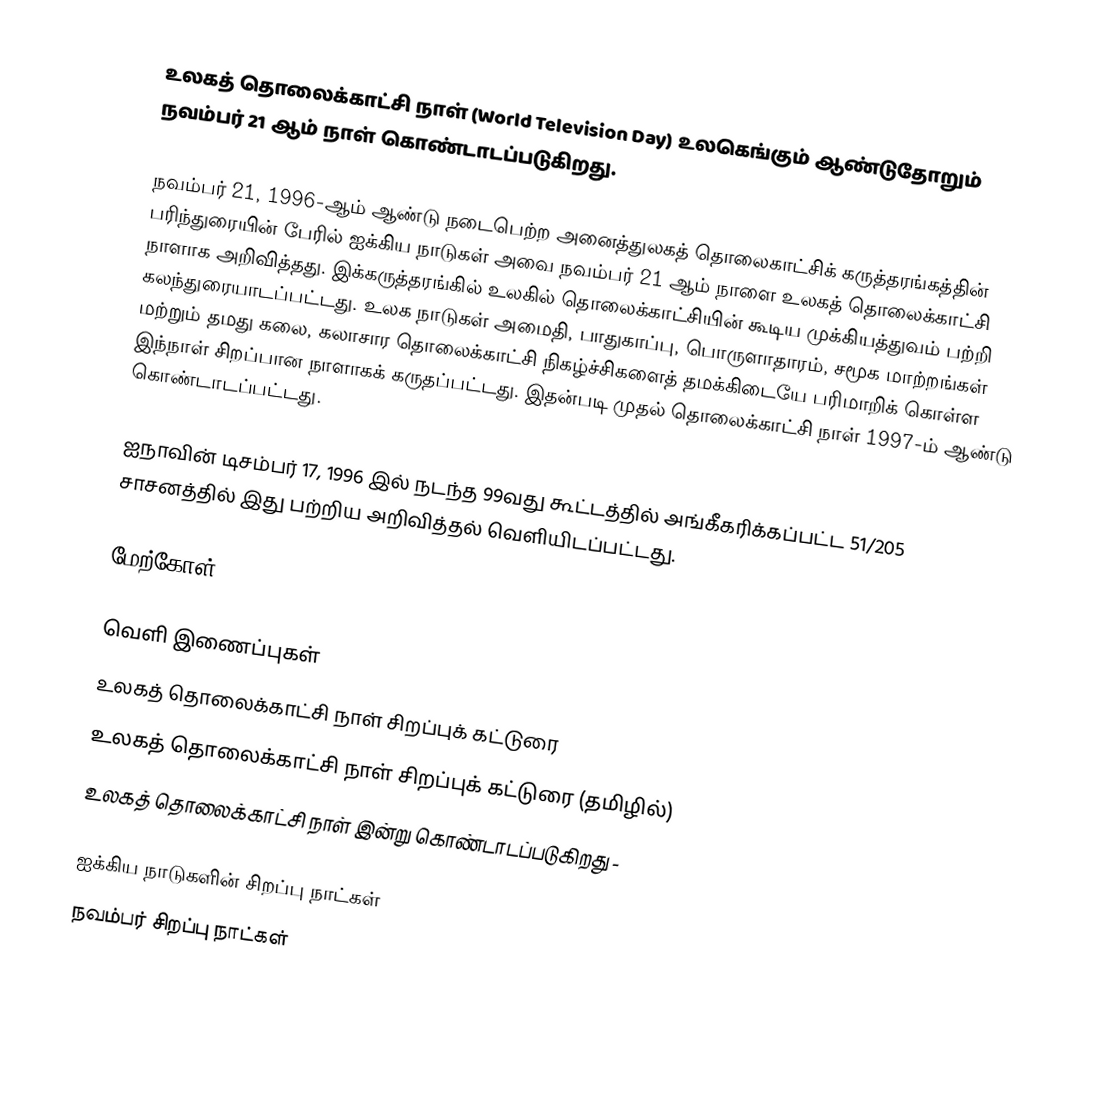
உலகத் தொலைக்காட்சி நாள் (World Television Day) உலகெங்கும் ஆண்டுதோறும் நவம்பர் 21 ஆம் நாள் கொண்டாடப்படுகிறது.

நவம்பர் 21, 1996-ஆம் ஆண்டு நடைபெற்ற அனைத்துலகத் தொலைகாட்சிக் கருத்தரங்கத்தின் பரிந்துரையின் பேரில் ஐக்கிய நாடுகள் அவை நவம்பர் 21 ஆம் நாளை உலகத் தொலைக்காட்சி நாளாக அறிவித்தது. இக்கருத்தரங்கில் உலகில் தொலைக்காட்சியின் கூடிய முக்கியத்துவம் பற்றி கலந்துரையாடப்பட்டது. உலக நாடுகள் அமைதி, பாதுகாப்பு, பொருளாதாரம், சமூக மாற்றங்கள் மற்றும் தமது கலை, கலாசார தொலைக்காட்சி நிகழ்ச்சிகளைத் தமக்கிடையே பரிமாறிக் கொள்ள இந்நாள் சிறப்பான நாளாகக் கருதப்பட்டது. இதன்படி முதல் தொலைக்காட்சி நாள் 1997-ம் ஆண்டு கொண்டாடப்பட்டது.

ஐநாவின் டிசம்பர் 17, 1996 இல் நடந்த 99வது கூட்டத்தில் அங்கீகரிக்கப்பட்ட 51/205 சாசனத்தில் இது பற்றிய அறிவித்தல் வெளியிடப்பட்டது.

மேற்கோள்

வெளி இணைப்புகள்
 உலகத் தொலைக்காட்சி நாள் சிறப்புக் கட்டுரை
 உலகத் தொலைக்காட்சி நாள் சிறப்புக் கட்டுரை (தமிழில்)
 உலகத் தொலைக்காட்சி நாள் இன்று கொண்டாடப்படுகிறது -

ஐக்கிய நாடுகளின் சிறப்பு நாட்கள்
நவம்பர் சிறப்பு நாட்கள்